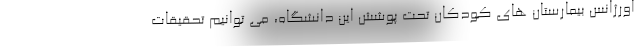
اورژانس بیمارستان های کودکان تحت پوشش این دانشگاه، می توانیم تحقیقات